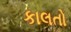
કાલતો